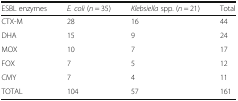
| ESBL enzymes | E. coli (n = 35) | Klebsiella spp. (n = 21) | Total |
 | --- | --- | --- | --- |
 | CTX-M | 28 | 16 | 44 |
 | DHA | 15 | 9 | 24 |
 | MOX | 10 | 7 | 17 |
 | FOX | 7 | 5 | 12 |
 | CMY | 7 | 4 | 11 |
 | TOTAL | 104 | 57 | 161 |